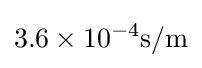
3.6\times {}10^{-4}\mathrm {s/m}